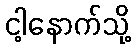
ငါ့နောက်သို့